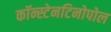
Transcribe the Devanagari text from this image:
कॉन्स्टेनटिनोपोल